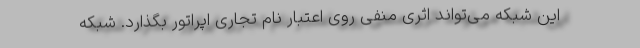
این شبکه می‌تواند اثری منفی روی اعتبار نام تجاری اپراتور بگذارد. شبکه